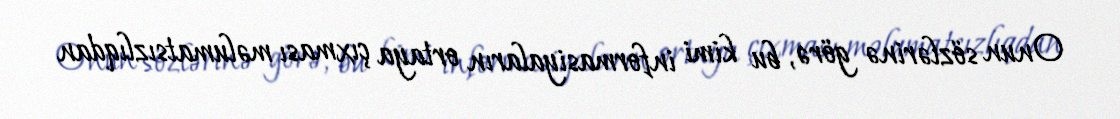
Onun sözlərinə görə, bu kimi informasiyaların ortaya çıxması məlumatsızlıqdan